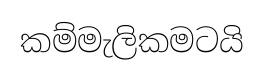
කම්මැලිකමටයි